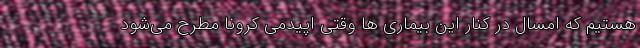
هستیم که امسال در کنار این بیماری ها وقتی اپیدمی کرونا مطرح می‌شود